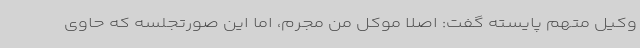
وکیل متهم پایسته گفت: اصلا موکل من مجرم، اما این صورتجلسه که حاوی